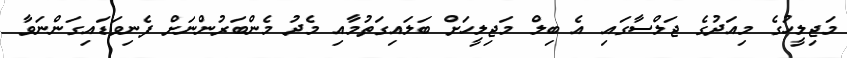
މަޖިލީހުގެ މިއަދުގެ ޖަލްސާގައި އެ ބިލް މަޖިލީހަށް ބަލައިގަތުމާއި މެދު މެންބަރުންނަށް ފެނިވަޑައިގަންނަވާ